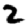
Digit: 2